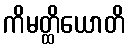
ကိမတ္ထိယောတိ